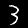
Digit: 3